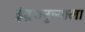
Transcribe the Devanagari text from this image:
इंद्रधनुष्याला